Scientific memoirs by medical officers of the Army of India - Part VI,
Year: 1891
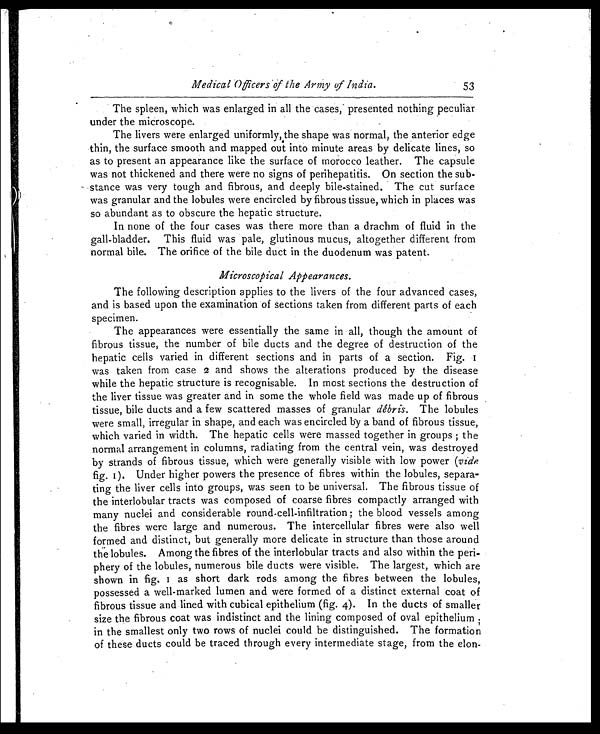
The spleen, which was enlarged in all the cases, presented nothing peculiar
under the microscope.
The livers were enlarged uniformly, the shape was normal, the anterior edge
thin, the surface smooth and mapped out into minute areas by delicate lines, so
as to present an appearance like the surface of morocco leather. The capsule
was not thickened and there were no signs of perihepatitis. On section the sub-
stance was very tough and fibrous, and deeply bile-stained. The cut surface
was granular and the lobules were encircled by fibrous tissue, which in places was
so abundant as to obscure the hepatic structure.
In none of the four cases was there more than a drachm of fluid in the
gall-bladder. This fluid was pale, glutinous mucus, altogether different from
normal bile. The orifice of the bile duct in the duodenum was natent.
Microscopical Appearances.
The following description applies to the livers of the four advanced cases,
and is based upon the examination of sections taken from different parts of each
specimen.
The appearances were essentially the same in all, though the amount of
fibrous tissue, the number of bile ducts and the degree of destruction of the
hepatic cells varied in different sections and in parts of a section. Fig. I
was taken from case 2 and shows the alterations produced by the disease
while the hepatic structure is recognisable. In most sections the destruction of
the liver tissue was greater and in some the whole field was made up of fibrous
tissue, bile ducts and a few scattered masses of granular debris. The lobules
were small, irregular in shape, and each was encircled by a band of fibrous tissue,
which varied in width. The hepatic cells were massed together in groups ; the
normal arrangement in columns, radiating from the central vein, was destroyed
by strands of fibrous tissue, which were generally visible with low power (vide
fig. I). Under higher powers the presence of fibres within the lobules, separa-
ting the liver cells into groups, was seen to be universal. The fibrous tissue of
the interlobular tracts was composed of coarse fibres compactly arranged with
many nuclei and considerable round-cell-infiltration ; the blood vessels among
the fibres were large and numerous. The intercellular fibres were also well
formed and distinct, but generally more delicate in structure than those around
the lobules. Among the fibres of the interlobular tracts and also within the peri-
phery of the lobules, numerous bile ducts were visible. The largest, which are
s hown i n f i g. I a s s hor t da r k r ods a mong t he f i br e s be t we e n t he l obul e s ,
possessed a well-marked lumen and were formed of a distinct external coat of
fibrous tissue and lined with cubical epithelium (fig. 4). In the ducts of smaller
size the fibrous coat was indistinct and the lining composed of oval epithelium;
in the smallest only two rows of nuclei could be distinguished. The formation
of these ducts could be traced through every intermediate stage, from the elon-
53